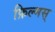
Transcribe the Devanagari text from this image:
फ़िल्मस्